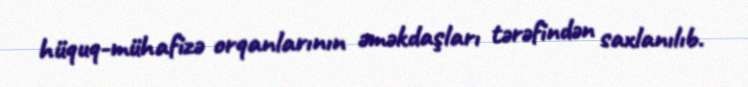
hüquq-mühafizə orqanlarının əməkdaşları tərəfindən saxlanılıb.